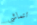
تتماشى